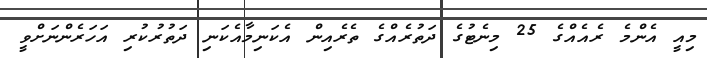
މިއީ އެންމެ ރެއެއްގެ 25 މިނެޓުގެ ދަތުރެއްގެ ތެރެއިން އެކަނިމާއެކަނި ދަތުރުކުރި އަހަރެންނަށްވީ